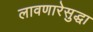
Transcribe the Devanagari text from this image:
लावणारेसुद्धा